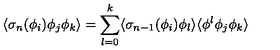
\langle \sigma _ { n } ( \phi _ { i } ) \phi _ { j } \phi _ { k } \rangle = \sum _ { l = 0 } ^ { k } \langle \sigma _ { n - 1 } ( \phi _ { i } ) \phi _ { l } \rangle \langle \phi ^ { l } \phi _ { j } \phi _ { k } \rangle